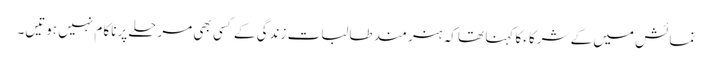
نمائش میں کے شرکا ءکا کہنا تھا کہ ہنر مند طالبات زندگی کے کسی بھی مرحلے پرناکا م نہیں ہوتیں۔